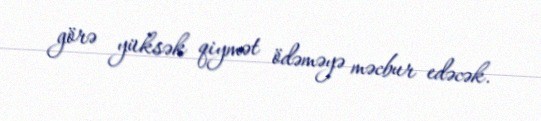
görə yüksək qiymət ödəməyə məcbur edəcək.